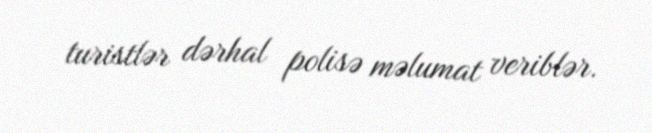
turistlər dərhal polisə məlumat veriblər.